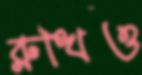
রুখিও